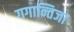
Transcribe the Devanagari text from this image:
गगान्तिजा